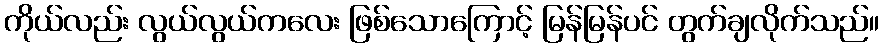
ကိုယ်လည်း လွယ်လွယ်ကလေး ဖြစ်သောကြောင့် မြန်မြန်ပင် တွက်ချလိုက်သည်။